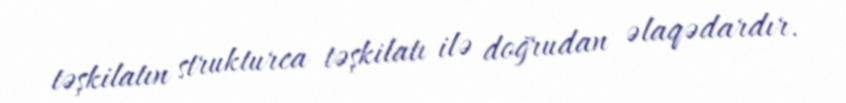
təşkilatın strukturca təşkilatı ilə doğrudan əlaqədardır.